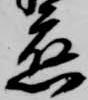
応